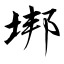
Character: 垹